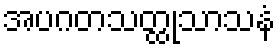
အပဂတသတ္ထုသာသနံ